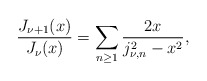
\begin{align*}\frac{J_{\nu+1}(x)}{J_{\nu}(x)}=\sum_{n\geq 1}\frac{2x}{j_{\nu,n}^2-x^2},\end{align*}